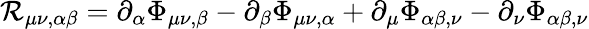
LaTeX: \mathcal{R}_{\mu\nu,\alpha\beta}=\partial_{\alpha}\Phi_{\mu\nu,\beta}-\partial_{\beta}\Phi_{\mu\nu,\alpha}+\partial_{\mu}\Phi_{\alpha\beta,\nu}-\partial_{\nu}\Phi_{\alpha\beta,\nu}